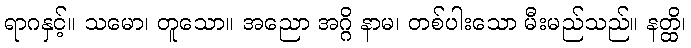
ရာဂနှင့်။ သမော၊ တူသော။ အညော အဂ္ဂိ နာမ၊ တစ်ပါးသော မီးမည်သည်။ နတ္ထိ၊